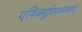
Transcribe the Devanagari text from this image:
एपिक्युरियसवाद